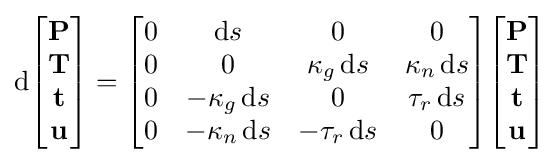
\mathrm {d} {\begin{bmatrix}\mathbf {P} \\\mathbf {T} \\\mathbf {t} \\\mathbf {u} \end{bmatrix}}={\begin{bmatrix}0&\mathrm {d} s&0&0\\0&0&\kappa _{g}\,\mathrm {d} s&\kappa _{n}\,\mathrm {d} s\\0&-\kappa _{g}\,\mathrm {d} s&0&\tau _{r}\,\mathrm {d} s\\0&-\kappa _{n}\,\mathrm {d} s&-\tau _{r}\,\mathrm {d} s&0\end{bmatrix}}{\begin{bmatrix}\mathbf {P} \\\mathbf {T} \\\mathbf {t} \\\mathbf {u} \end{bmatrix}}